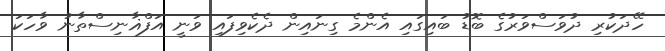
ހޭދަކުރި ދުވަސްވަރުގެ ބޮޑު ބައިގައި އެންމެ ގިނައިން ދެކެވިފައި ވަނީ އަފްޣާނިސްތާނު ވާހަކަ